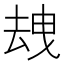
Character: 𱑦